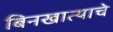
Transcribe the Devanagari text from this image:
बिनखात्याचे